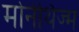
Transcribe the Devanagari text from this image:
मोनेथिज्म